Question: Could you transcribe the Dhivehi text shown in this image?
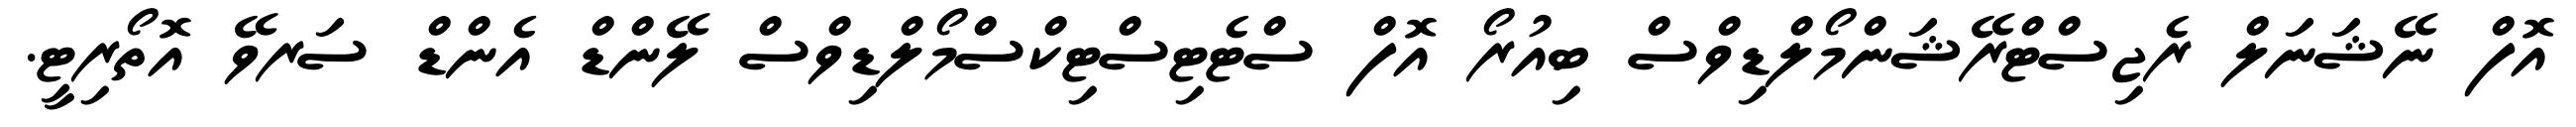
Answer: އޮފް ނޭޝަނަލް ރެޖިސްޓްރޭޝަންމޯލްޑިވްސް ބިއުރޯ އޮފް ސްޓެޓިސްޓިކްސްމޯލްޑިވްސް ލޭންޑް އެންޑް ސަރވޭ އޮތޯރިޓީ.